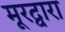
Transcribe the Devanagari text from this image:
मूरद्वारा